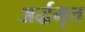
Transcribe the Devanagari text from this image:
अर्द्धमृत